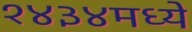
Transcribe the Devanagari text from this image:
१४३४मध्ये